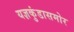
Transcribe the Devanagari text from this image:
यज्ञकुंडासमोर